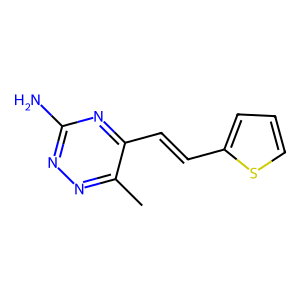
SMILES: Cc1nnc(N)nc1C=Cc1cccs1
Inhibits HIV replication: No